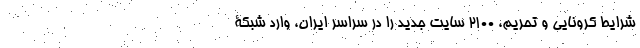
شرایط کرونایی و تحریم، ۲۱۰۰ سایت جدید را در سراسر ایران، وارد شبکۀ